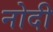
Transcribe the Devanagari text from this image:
नोदी